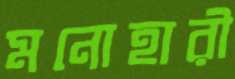
মনোহারী